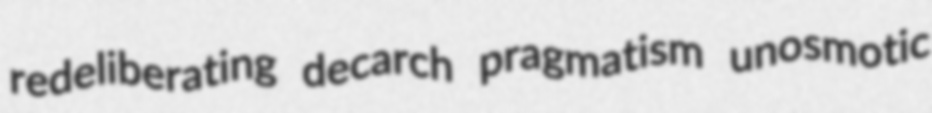
redeliberating decarch pragmatism unosmotic